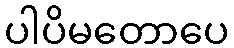
ပါပိမတောပေ